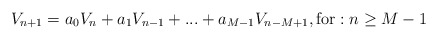
\begin{align*}V_{n+1}=a_{0}V_{n}+a_{1}V_{n-1}+...+a_{M-1}V_{n-M+1},\mbox{for}:n\geq M-1\end{align*}